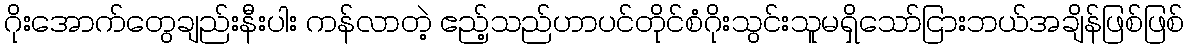
ဂိုးအောက်တွေချည်းနီးပါး ကန်လာတဲ့ ဧည့်သည်ဟာပင်တိုင်စံဂိုးသွင်းသူမရှိသော်ငြားဘယ်အချိန်ဖြစ်ဖြစ်